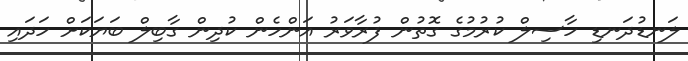
ލަނޑުދަނޑި ހާސިލް ކުރުމުގެ ގޮތުން ފުރާވަރު އަންހެން ކުދިން ގާބިލް ބަޔަކަށް ހަދައި